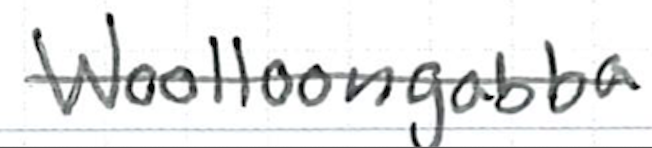
Text: Woolloongabba
Cross-out: single-line
Writing tool: ballpoint